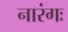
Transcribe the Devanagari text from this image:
नारंगः